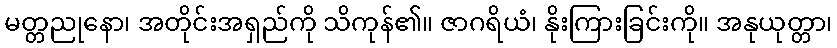
မတ္တညုနော၊ အတိုင်းအရှည်ကို သိကုန်၏။ ဇာဂရိယံ၊ နိုးကြားခြင်းကို။ အနုယုတ္တာ၊